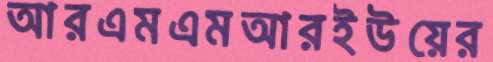
আরএমএমআরইউয়ের